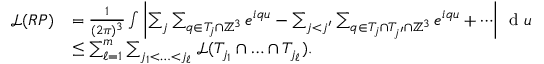
\begin{array} { r l } { \mathcal { L } ( R P ) } & { = \frac { 1 } { ( 2 \pi ) ^ { 3 } } \int \left\vert \sum _ { j } \sum _ { q \in T _ { j } \cap \mathbb { Z } ^ { 3 } } e ^ { i q u } - \sum _ { j < j ^ { \prime } } \sum _ { q \in T _ { j } \cap T _ { j ^ { \prime } } \cap \mathbb { Z } ^ { 3 } } e ^ { i q u } + \cdots \right\vert \, \textnormal { d } u } \\ & { \leq \sum _ { \ell = 1 } ^ { m } \sum _ { j _ { 1 } < \ldots < j _ { \ell } } \mathcal { L } ( T _ { j _ { 1 } } \cap \ldots \cap T _ { j _ { \ell } } ) . } \end{array}